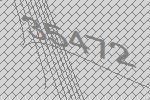
35472